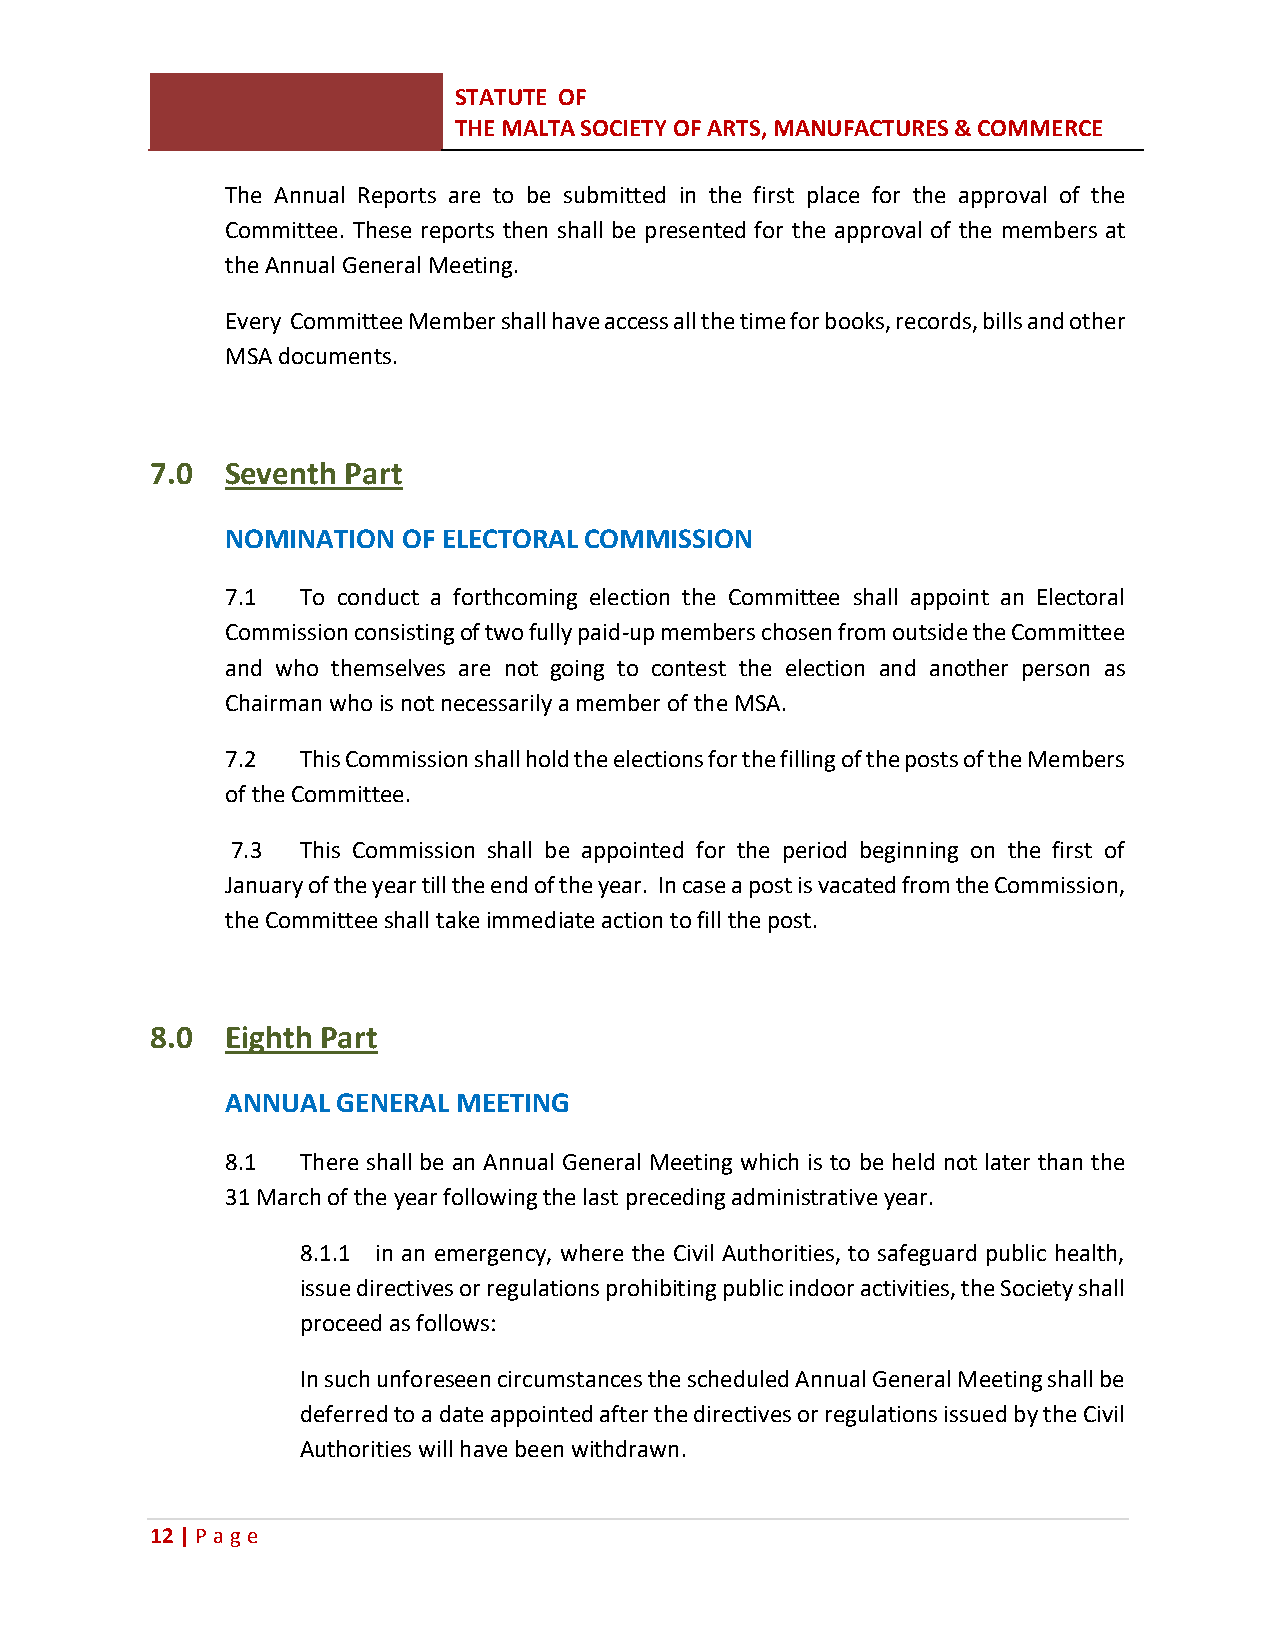
STATUTE OF
 THE MALTA SOCIETY OF ARTS, MANUFACTURES & COMMERCE
 The Annual Reports are to be submitted in the first place for the approval of the
 Committee. These reports then shall be presented for the approval of the members at
 the Annual General Meeting.
 Every Committee Member shall have access all the time for books, records, bills and other
 MSA documents.
 7.0  Seventh Part
 NOMINATION  OF ELECTORAL COMMISSION
 7.1  To conduct a forthcoming election the Committee shall appoint an Electoral
 Commission consisting of two fully paid-up members chosen from outside the Committee
 and who themselves are not going to contest the election and another person as
 Chairman who is not necessarily a member of the MSA.
 7.2  This Commission shall hold the elections for the filling of the posts of the Members
 of the Committee.
 7.3  This Commission shall be appointed for the period beginning on the first of
 January of the year till the end of the year. In case a post is vacated from the Commission,
 the Committee shall take immediate action to fill the post.
 8.0  Eighth Part
 ANNUAL GENERAL MEETING
 8.1  There shall be an Annual General Meeting which is to be held not later than the
 31 March of the year following the last preceding administrative year.
 8.1.1 in an emergency, where the Civil Authorities, to safeguard public health,
 issue directives or regulations prohibiting public indoor activities, the Society shall
 proceed as follows:
 In such unforeseen circumstances the scheduled Annual General Meeting shall be
 deferred to a date appointed after the directives or regulations issued by the Civil
 Authorities will have been withdrawn.
 12 | P age